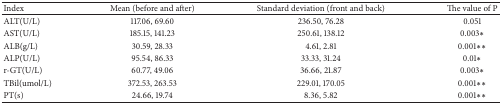
<table><thead><tr><td><b>Index</b></td><td><b>Mean (before and after)</b></td><td><b>Standard deviation (front and back)</b></td><td><b>The value of P</b></td></tr></thead><tbody><tr><td>ALT(U/L)</td><td>117.06, 69.60</td><td>236.50, 76.28</td><td>0.051</td></tr><tr><td>AST(U/L)</td><td>185.15, 141.23</td><td>250.61, 138.12</td><td>0.003<i>∗</i></td></tr><tr><td>ALB(g/L)</td><td>30.59, 28.33</td><td>4.61, 2.81</td><td>0.001<i>∗∗</i></td></tr><tr><td>ALP(U/L)</td><td>95.54, 86.33</td><td>33.33, 31.24</td><td>0.01<i>∗</i></td></tr><tr><td>r-GT(U/L)</td><td>60.77, 49.06</td><td>36.66, 21.87</td><td>0.003<i>∗</i></td></tr><tr><td>TBil(umol/L)</td><td>372.53, 263.53</td><td>229.01, 170.05</td><td>0.001<i>∗∗</i></td></tr><tr><td>PT(s)</td><td>24.66, 19.74</td><td>8.36, 5.82</td><td>0.001<i>∗∗</i></td></tr></tbody></table>